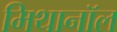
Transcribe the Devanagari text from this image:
मिथानॉल